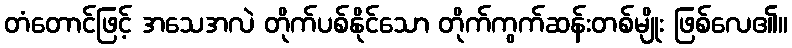
တံတောင်ဖြင့် အသေအလဲ တိုက်ပစ်နိုင်သော တိုက်ကွက်ဆန်းတစ်မျိုး ဖြစ်လေ၏။